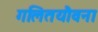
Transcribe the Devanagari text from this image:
गलितयौवना